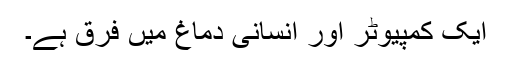
ایک کمپیوٹر اور انسانی دماغ میں فرق ہے۔